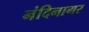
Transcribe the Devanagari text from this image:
नंदिनागर